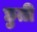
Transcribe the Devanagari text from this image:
छुती